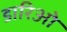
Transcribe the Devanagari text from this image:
डारिओ